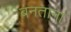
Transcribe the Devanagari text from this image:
बनताना